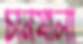
চানমালা